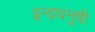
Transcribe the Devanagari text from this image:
इन्‍द्रधनुषी